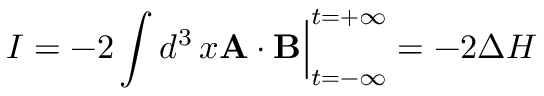
I = - 2 \int d ^ { 3 } \, x { \bf A } \cdot { \bf B } \Big | _ { t = - \infty } ^ { t = + \infty } = - 2 \Delta H